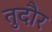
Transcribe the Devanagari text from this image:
तुदौर